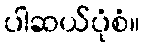
ပါဆယ်ပုံစံ။